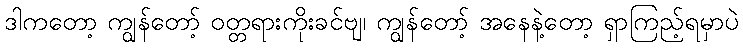
ဒါကတော့ ကျွန်တော့် ဝတ္တရားကိုးခင်ဗျ၊ ကျွန်တော့် အနေနဲ့တော့ ရှာကြည့်ရမှာပဲ